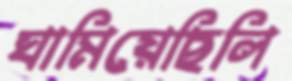
ঘামিয়েছিলি